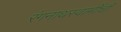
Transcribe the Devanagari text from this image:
रंगनाथस्वामींची